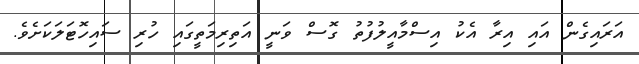
އަރައިގެން އައި އިރާ އެކު އިސްމާއީލުފުތު ގޮސް ވަނީ އަތިރިމަތީގައި ހުރި ސައިހޮޓަލަކަށެވެ.